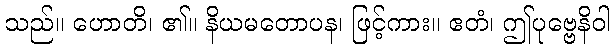
သည်။ ဟောတိ၊ ၏။ နိယမတောပန၊ ဖြင့်ကား။ ဧတံ၊ ဤပုဗ္ဗေနိဝါ